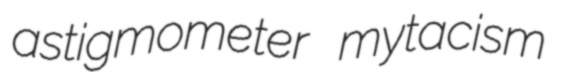
astigmometer mytacism